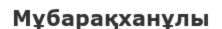
Мұбарақханұлы